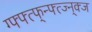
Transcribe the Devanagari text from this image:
ग्फ्फ्त्फ्न्फ्त्ज्न्क्ज